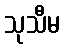
သုသီမ